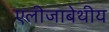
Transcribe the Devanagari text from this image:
एलीजाबेथीय